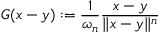
G ( x - y ) : = { \frac { 1 } { \omega _ { n } } } { \frac { x - y } { \| x - y \| ^ { n } } }